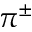
\pi ^ { \pm }